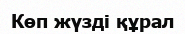
Көп жүзді құрал